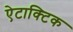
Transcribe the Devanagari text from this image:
ऐटाक्टिक